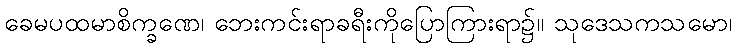
ခေမပထမာစိက္ခဏေ၊ ဘေးကင်းရာခရီးကိုပြောကြားရာ၌။ သုဒေသကသမော၊